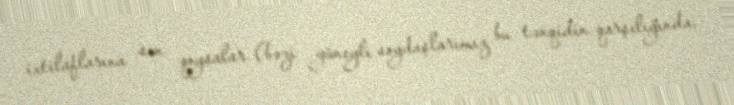
ixtilaflarına son qoysalar (bəzi güneyli soydaşlarımız bu tənqidin qarşılığında,